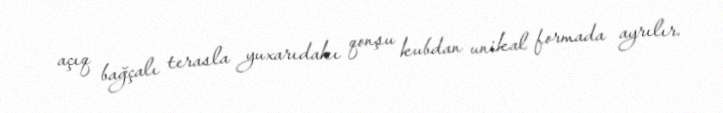
açıq bağçalı terasla yuxarıdakı qonşu kubdan unikal formada ayrılır.